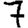
Digit: 7